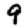
Digit: 9